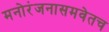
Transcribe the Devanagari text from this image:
मनोरंजनासमवेतच